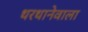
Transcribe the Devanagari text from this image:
थरथानेवाला